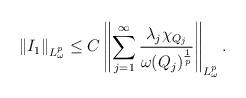
LaTeX: \begin{align*}\left \|\uppercase\expandafter{\romannumeral1}_{1}\right \|_{L_{\omega}^{p}}\leq C\left \|\sum\limits_{j=1}^{\infty}\frac{\lambda_j \chi_{Q_j}}{\omega(Q_j)^{\frac{1}{p}}}\right \|_{L_{\omega}^{p}}.\end{align*}